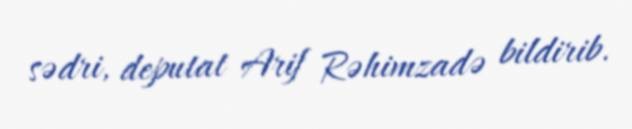
sədri, deputat Arif Rəhimzadə bildirib.